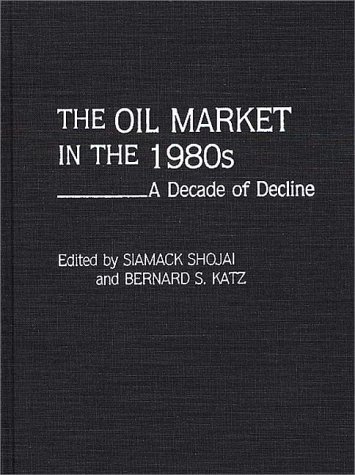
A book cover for The Oil Market in the 1980s: A Decade of Decline; Engineering & Transportation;